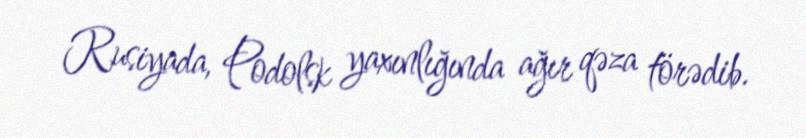
Rusiyada, Podolsk yaxınlığında ağır qəza törədib.